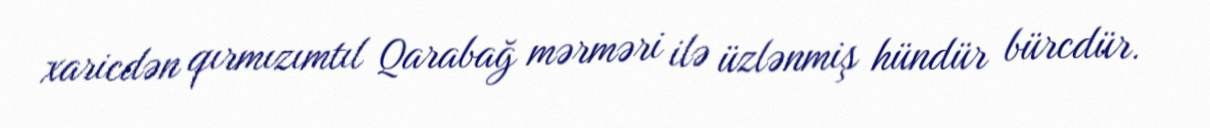
xaricdən qırmızımtıl Qarabağ mərməri ilə üzlənmiş hündür bürcdür.